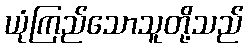
ယုံကြည်သောသူတို့သည်